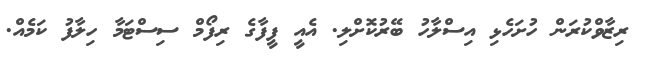
ރިޒާވްކުރަން ހުށަހެޅި އިސްލާހު ބޭރުކޮށްލި. އެއީ ފީފާގެ ރިފޯމް ސިސްޓަމާ ހިލާފު ކަމެއް.